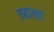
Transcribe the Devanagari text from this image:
तहाला